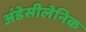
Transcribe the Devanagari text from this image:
अंडेसीलेनिक